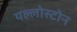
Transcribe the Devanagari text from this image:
यल्लोस्टोन